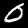
Digit: 0